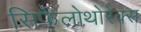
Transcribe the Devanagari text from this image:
सिफैलोथोरेक्स